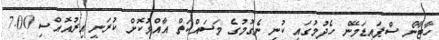
ހާޓާނޯ ސްޕައިޑަމޭން ހެދުމުގައި ކުނި ނެގުމުގެ މަސައްކަތް އާއްމުކޮށް ކުރަނީ އިރުއޮއްސި 7.00